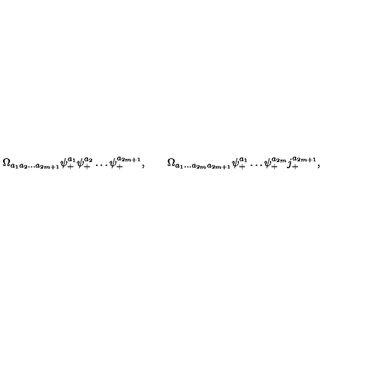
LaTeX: \Omega _ { a _ { 1 } a _ { 2 } \ldots a _ { 2 m + 1 } } \psi _ { + } ^ { a _ { 1 } } \psi _ { + } ^ { a _ { 2 } } \ldots \psi _ { + } ^ { a _ { 2 m + 1 } } , \qquad \Omega _ { a _ { 1 } \ldots a _ { 2 m } a _ { 2 m + 1 } } \psi _ { + } ^ { a _ { 1 } } \ldots \psi _ { + } ^ { a _ { 2 m } } j _ { + } ^ { a _ { 2 m + 1 } } ,